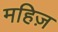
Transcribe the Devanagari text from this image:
महिज़